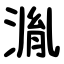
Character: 湚